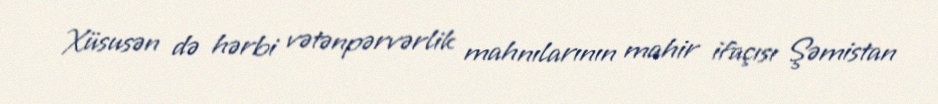
Xüsusən də hərbi vətənpərvərlik mahnılarının mahir ifaçısı Şəmistan